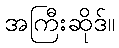
အကြီးဆိုဒ်။